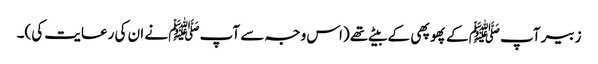
زبیر آپﷺ کے پھوپھی کے بیٹے تھے (اس وجہ سے آپﷺ نے ان کی رعایت کی)۔